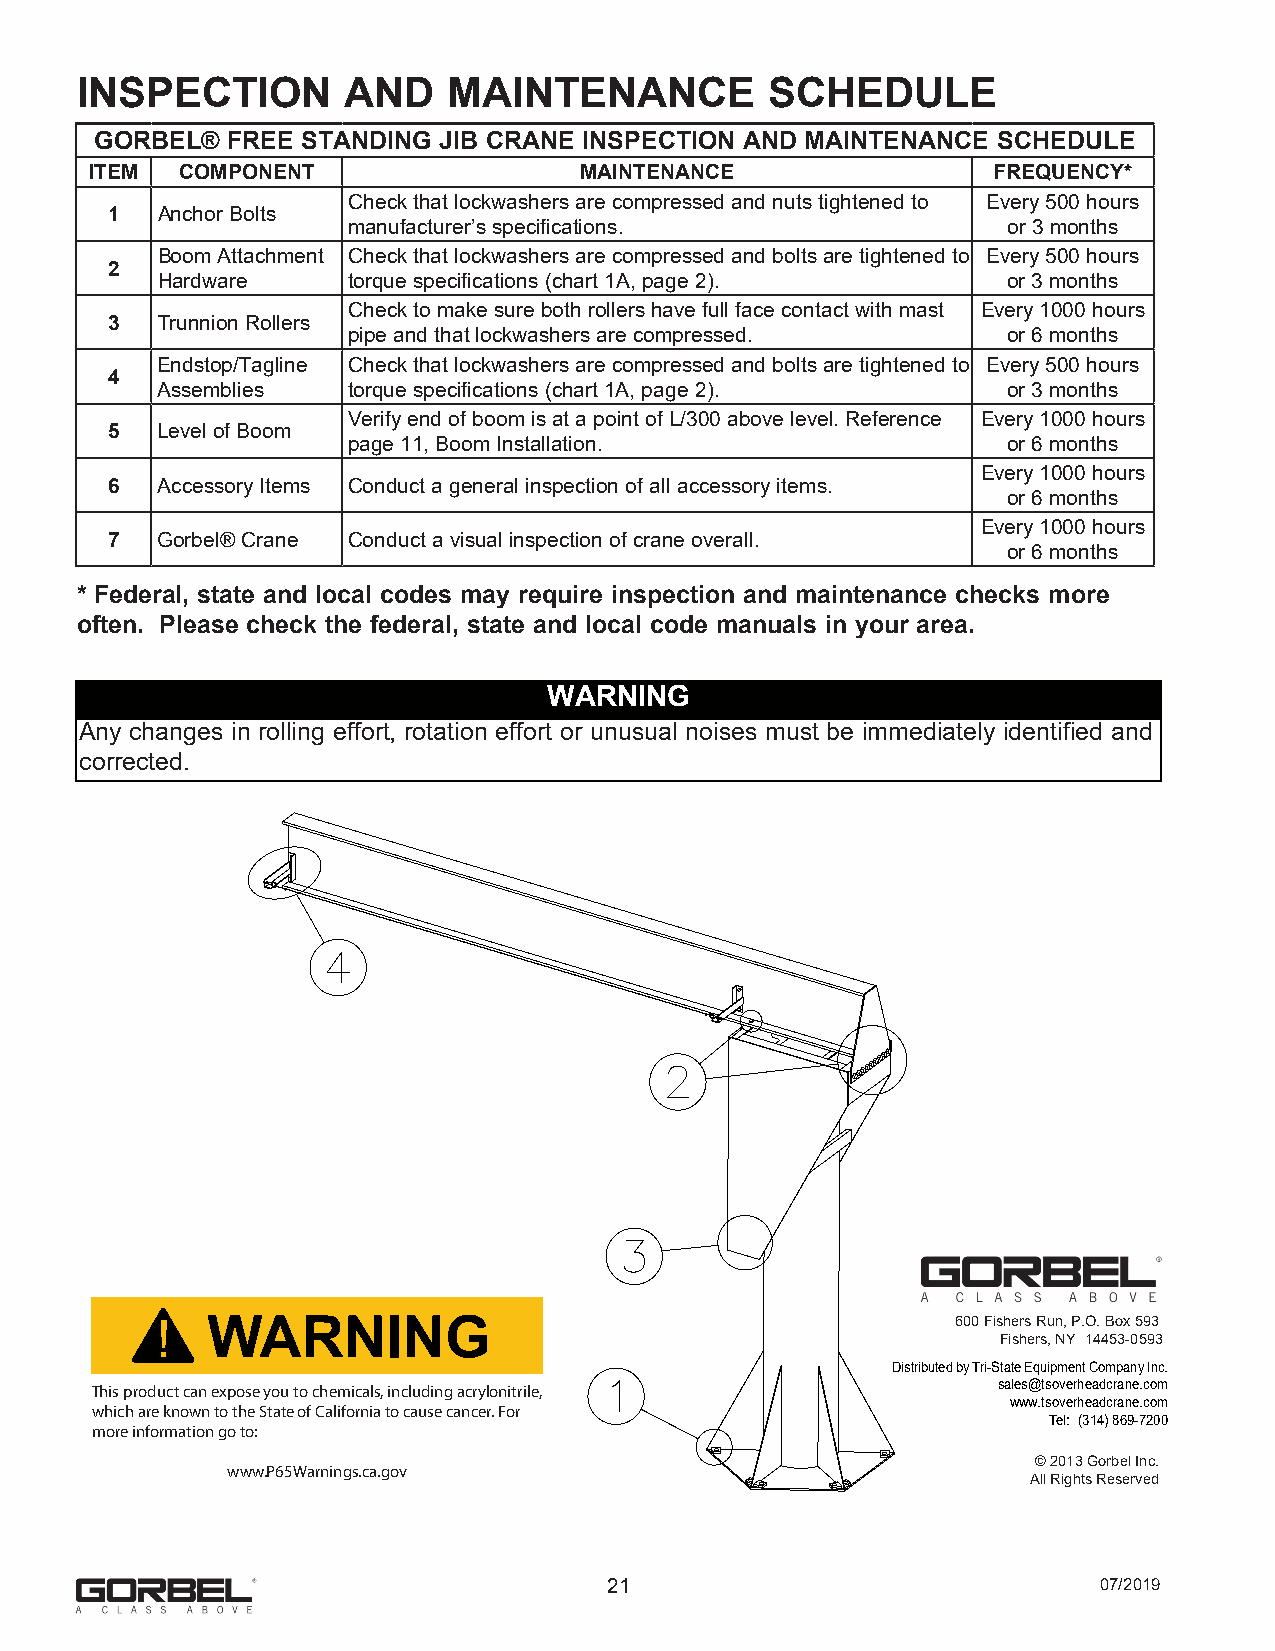
INSPECTION        AND    MAINTENANCE          SCHEDULE
 GORBEL®  FREE STANDING JIB CRANE INSPECTION AND MAINTENANCE SCHEDULE
 ITEM  COMPONENT                 MAINTENANCE                 FREQUENCY*
 Check that lockwashers are compressed and nuts tightened to Every 500 hours
 1  Anchor Bolts
 manufacturer’s specifications.              or 3 months
 Boom Attachment Check that lockwashers are compressed and bolts are tightened to Every 500 hours
 2
 Hardware     torque specifications (chart 1A, page 2).   or 3 months
 Check to make sure both rollers have full face contact with mast Every 1000 hours
 3  Trunnion Rollers
 pipe and that lockwashers are compressed.   or 6 months
 Endstop/Tagline Check that lockwashers are compressed and bolts are tightened to Every 500 hours
 4
 Assemblies   torque specifications (chart 1A, page 2).   or 3 months
 Verify end of boom is at a point of L/300 above level. Reference Every 1000 hours
 5  Level of Boom
 page 11, Boom Installation.                 or 6 months
 Every 1000 hours
 6  Accessory Items Conduct a general inspection of all accessory items.
 or 6 months
 Every 1000 hours
 7  Gorbel® Crane Conduct a visual inspection of crane overall.
 or 6 months
 * Federal, state and local codes may require inspection and maintenance checks more
 often. Please check the federal, state and local code manuals in your area.
 WARNING
 Any changes in rolling effort, rotation effort or unusual noises must be immediately identified and
 corrected.
 WARNING                                          600 Fishers Run, P.O. Box 593
 Fishers, NY 14453-0593
 Distributed by Tri-State Equipment Company Inc.
 This product can expose you to chemicals, including acrylonitrile, sales@tsoverheadcrane.com
 www.tsoverheadcrane.com
 which are known to the State of California to cause cancer. For
 Tel: (314) 869-7200
 more information go to:
 © 2013 Gorbel Inc.
 www.P65Warnings.ca.gov
 All Rights Reserved
 21                               07/2019